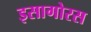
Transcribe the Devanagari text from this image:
इसागोरस